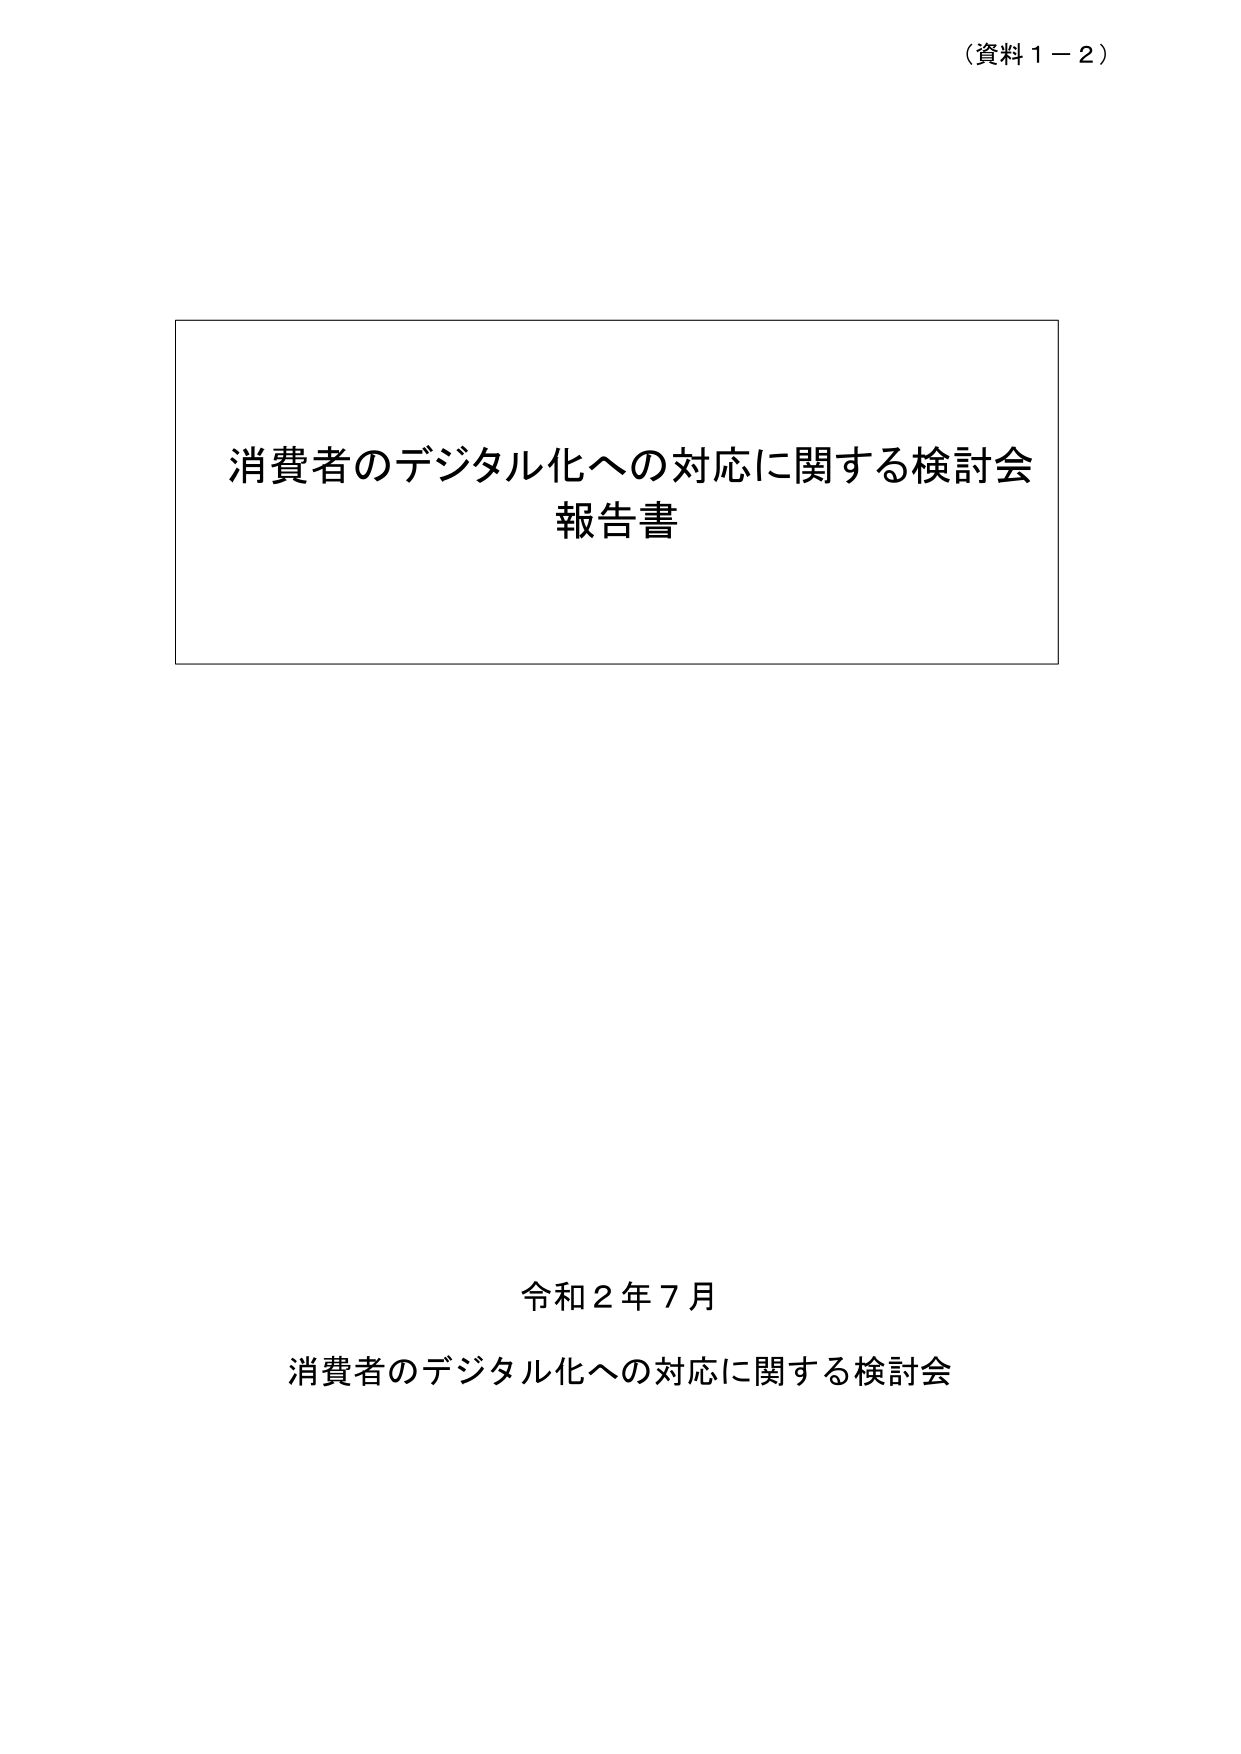
（資料１－２）

消費者のデジタル化への対応に関する検討会
報告書

令和２年７月
消費者のデジタル化への対応に関する検討会